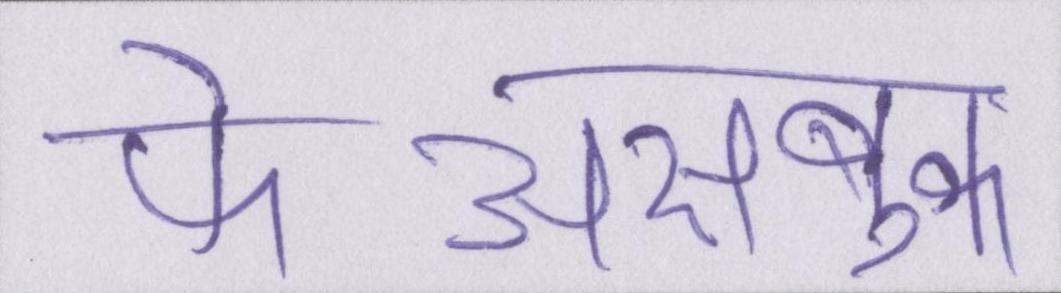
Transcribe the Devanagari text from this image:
फेअसबुक